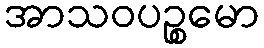
အာသဝပဉ္စမော